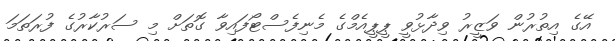
އޭގެ އިތުރުން ވަޒީރު ވިދާޅުވީ ޕީޕީއެމްގެ މެނިފެސްޓޯފައިވާ ގޮތަށް މި ސަރުކާރުގެ ފުރަތަމަ